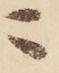
ニ